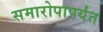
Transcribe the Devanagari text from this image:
समारोपापर्यंत